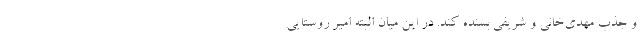
و جذب مهدی‌خانی و شریفی بسنده کند. در این میان البته امیر روستایی